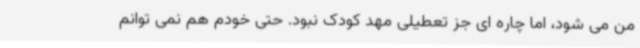
من می شود، اما چاره ای جز تعطیلی مهد کودک نبود. حتی خودم هم نمی توانم